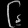
Digit: ၆